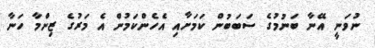
ނުވަނީ އޭނާ ބަނުމުގެ ސަބަބުން ކަމަށާއި އެހެންކަމުން އެ މަރުގެ ޒިންމާ ހަނާ